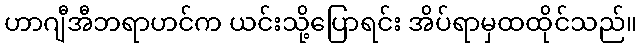
ဟာဂျီအီဘရာဟင်က ယင်းသို့ပြောရင်း အိပ်ရာမှထထိုင်သည်။